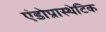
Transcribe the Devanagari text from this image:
एंडोप्रास्थेटिक